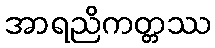
အာရညိကတ္တဿ